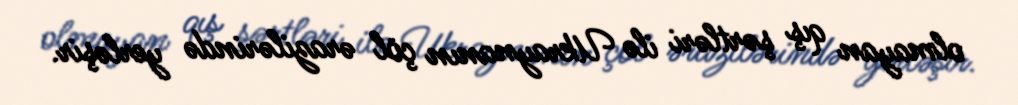
olmayan qış şərtləri ilə Ukraynanın çöl ərazilərində yerləşir.